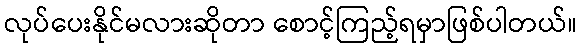
လုပ်ပေးနိုင်မလားဆိုတာ စောင့်ကြည့်ရမှာဖြစ်ပါတယ်။